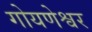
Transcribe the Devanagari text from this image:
गोयणेश्वर